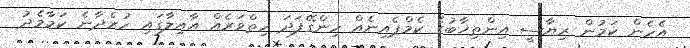
އެހެން ކަމުން ރިޔާސީ އިންތިޚާބުގެ ކެމްޕެއިނެއް ހިންގޭފަދަ ހިތްވަރެއް އާއިލާގައި ހުރެދާނެ ކަމާމެދު